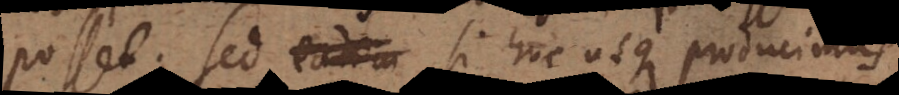
posset. Sed eadem si hucusque producimus